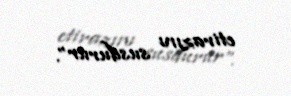
etirazını susdurur”.